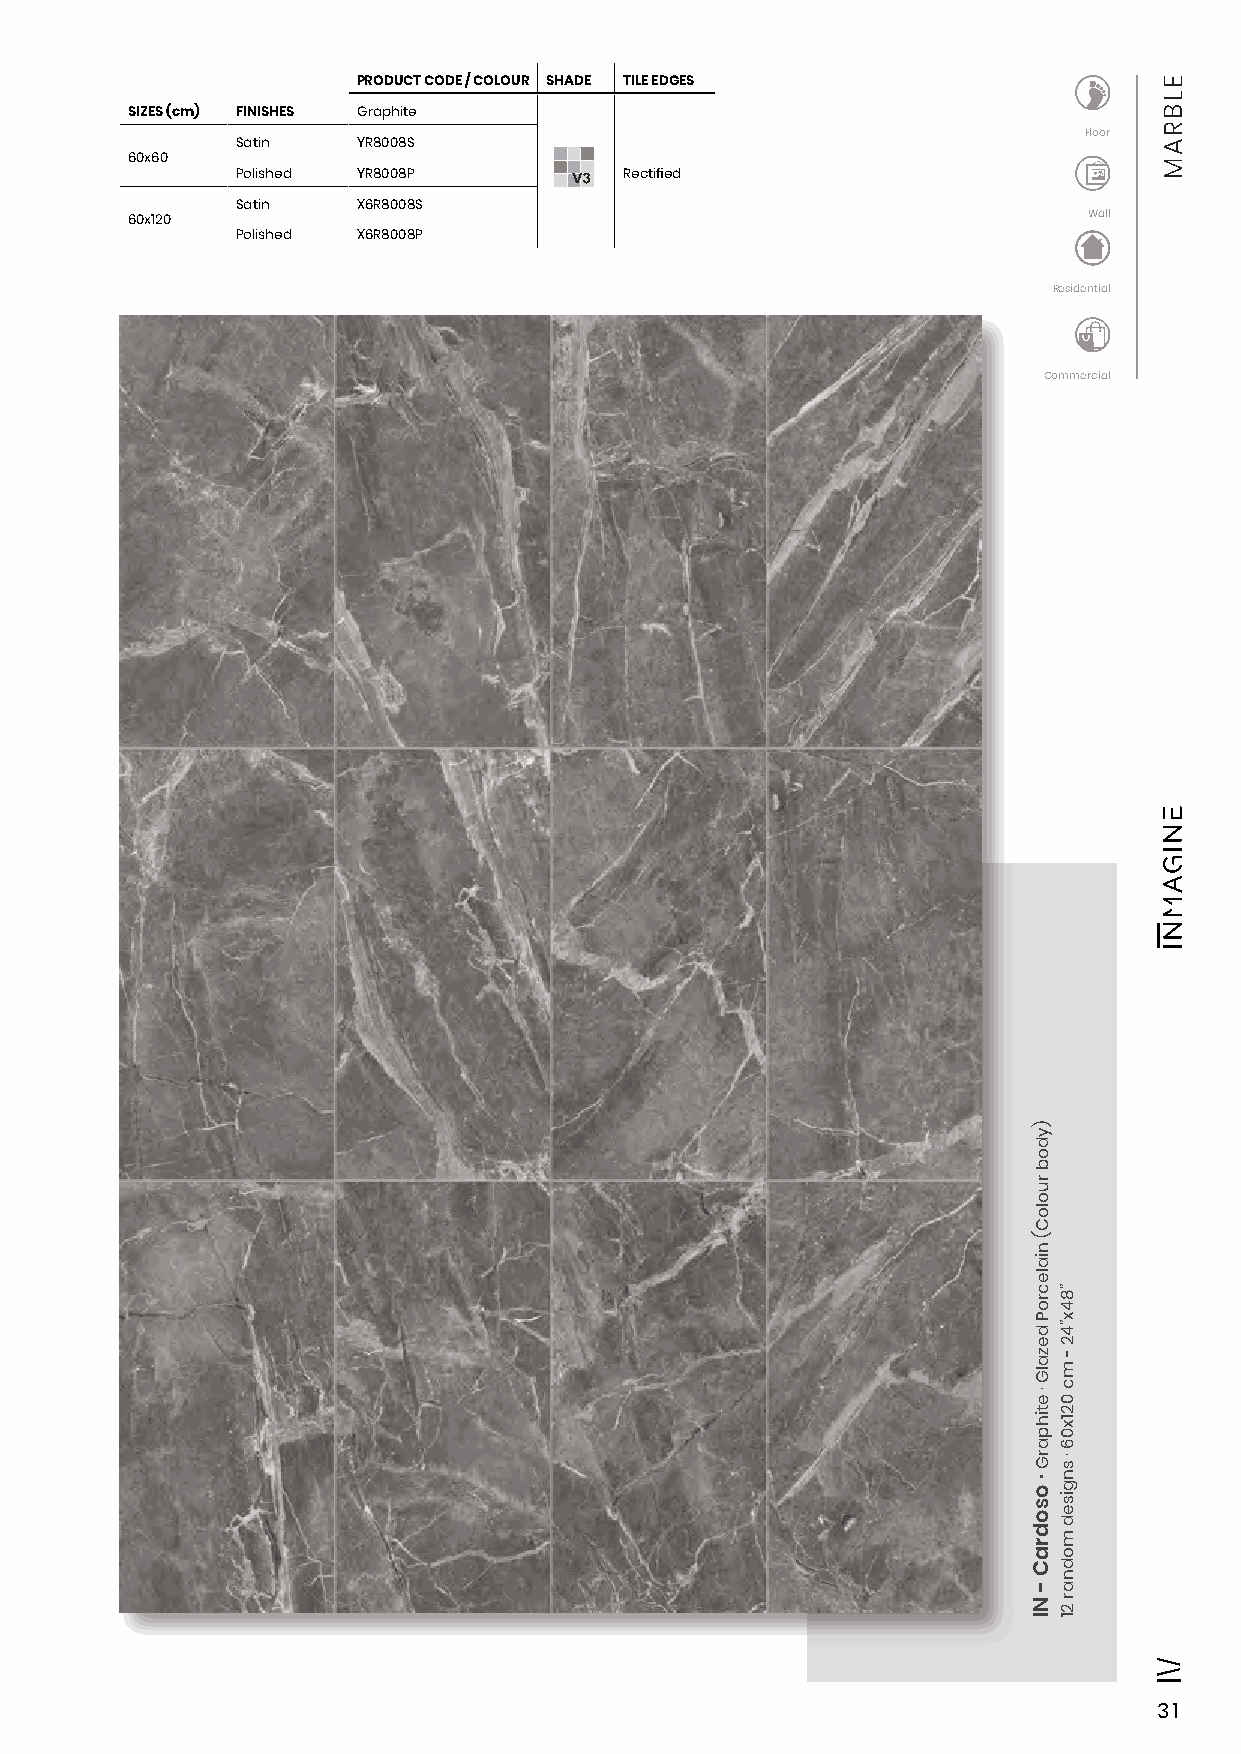
PRODUCT CODE / COLOUR SHADE TILE EDGES
 SIZES (cm) FINISHES Graphite
 Floor
 Satin   YR8008S
 60x60
 Polished YR8008P         Rectified
 Satin   X6R8008S
 60x120                                                          Wall
 Polished X6R8008P
 Residential
 Commercial
 31
 )ydob
 ruoloC(
 nialecroP
 dezalG
 ·
 etihparG
 ·
 osodraC
 -
 NI
 ”84x”42
 -
 mc
 021x06
 ·
 sngised
 modnar
 21
 ELBRAM